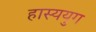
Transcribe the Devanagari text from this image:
हास्ययुग